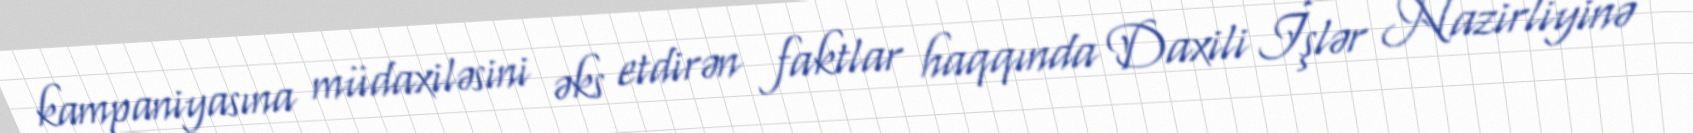
kampaniyasına müdaxiləsini əks etdirən faktlar haqqında Daxili İşlər Nazirliyinə